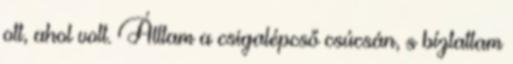
ott, ahol volt. Álltam a csigalépcső csúcsán, s bíztattam